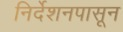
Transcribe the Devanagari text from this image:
निर्देशनपासून